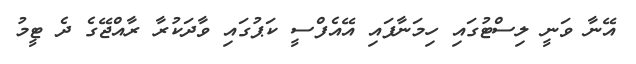
އޭނާ ވަނީ ލިސްޓުގައި ހިމަނާފައި އޭއެފްސީ ކަޕުގައި ވާދަކުރާ ރާއްޖޭގެ ދެ ޓީމު